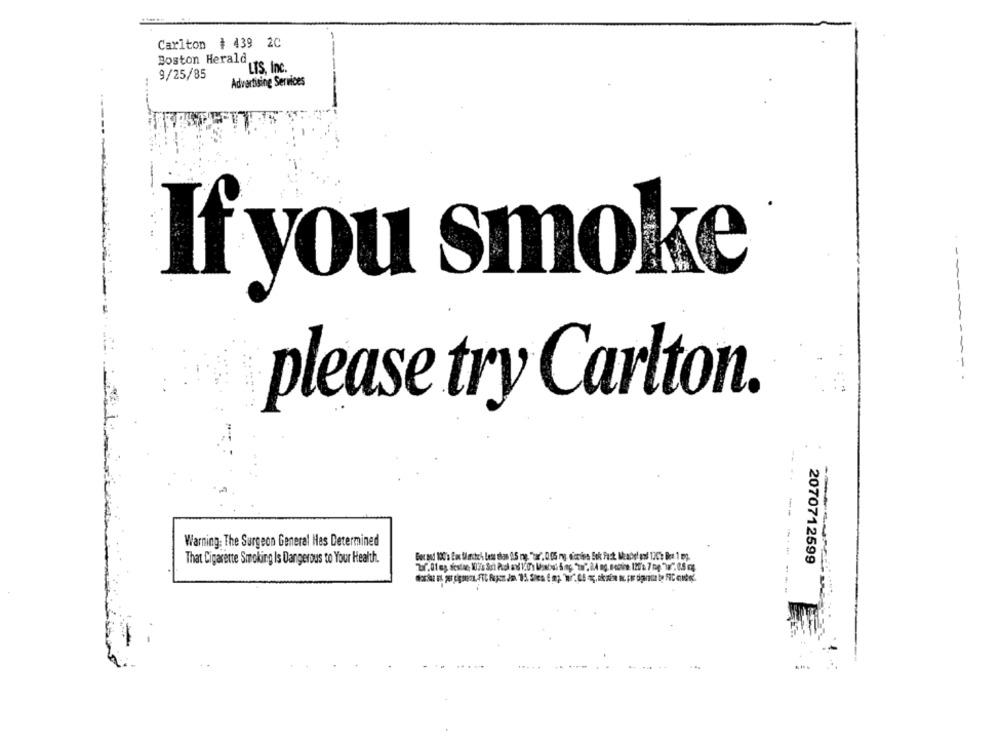
Carlton # 439 2C
Boston Herald.
9/25/85
"LES, Inc.
Advertising Services
If you smoke
-----
1 -.
please try Carlton.
Warning: The Surgeon General Hes Determined
That Cigarette Smoking Is Dangerous to Your Health.
2070712599